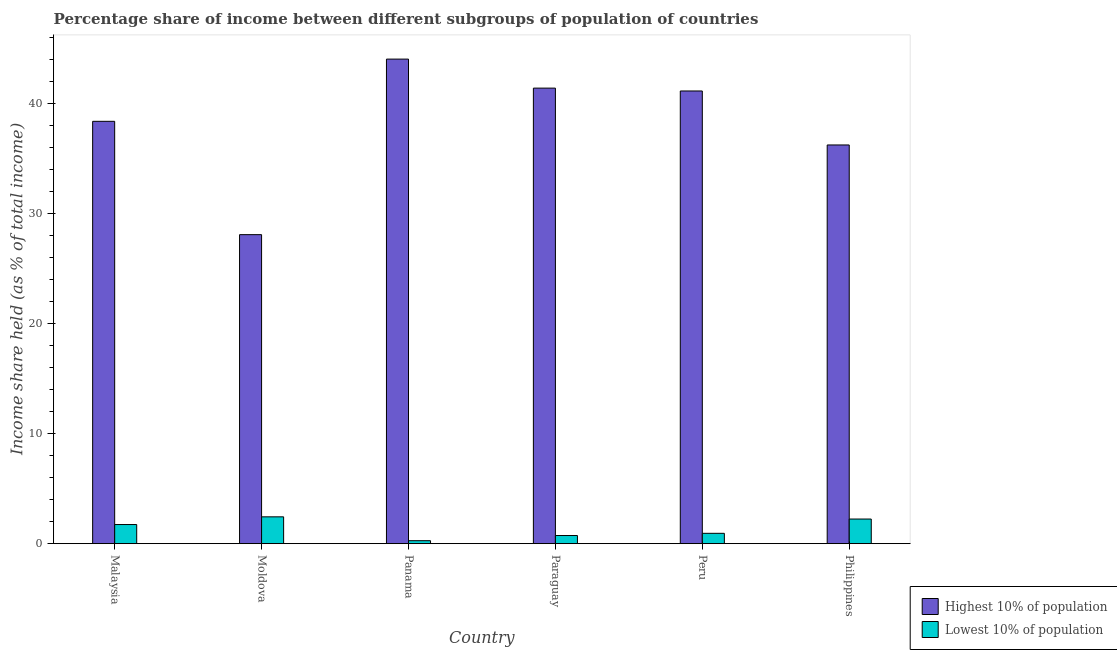
| Country | Highest 10% of population | Lowest 10% of population |
 | --- | --- | --- |
 | Malaysia | 38.4 | 1.74 |
 | Moldova | 28.1 | 2.44 |
 | Panama | 44.1 | 0.27 |
 | Paraguay | 41.4 | 0.74 |
 | Peru | 41.2 | 0.94 |
 | Philippines | 36.3 | 2.24 |